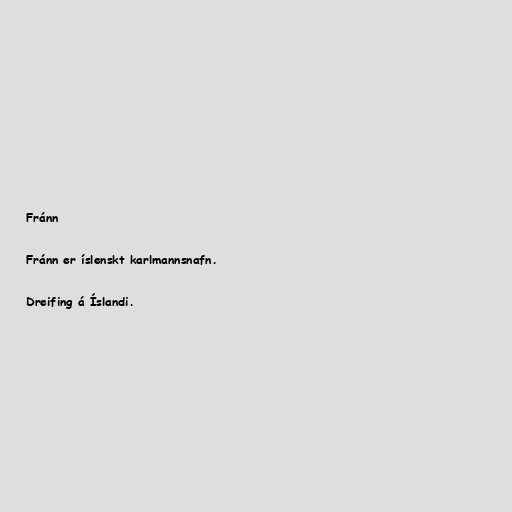
Fránn

Fránn er íslenskt karlmannsnafn.

Dreifing á Íslandi.